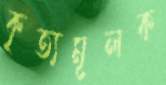
কৃত্যমূলক